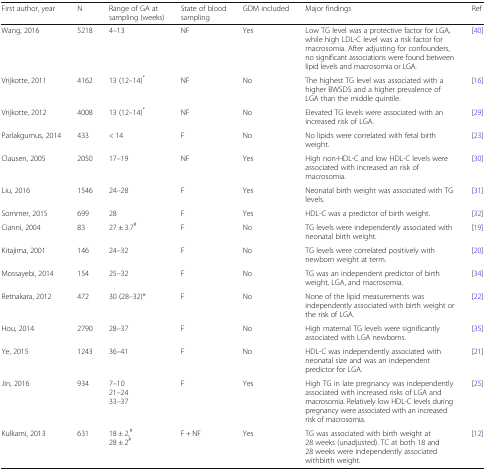
<table><thead><tr><td><b>First author, year</b></td><td><b>N</b></td><td><b>Range of GA at sampling (weeks)</b></td><td><b>State of blood sampling</b></td><td><b>GDM included</b></td><td><b>Major findings</b></td><td><b>Ref</b></td></tr></thead><tbody><tr><td>Wang, 2016</td><td>5218</td><td>4–13</td><td>NF</td><td>Yes</td><td>Low TG level was a protective factor for LGA, while high LDL-C level was a risk factor for macrosomia. After adjusting for confounders, no significant associations were found between lipid levels and macrosomia or LGA.</td><td>[40]</td></tr><tr><td>Vrijkotte, 2011</td><td>4162</td><td>13 (12–14)<sup>*</sup></td><td>NF</td><td>No</td><td>The highest TG level was associated with a higher BWSDS and a higher prevalence of LGA than the middle quintile.</td><td>[16]</td></tr><tr><td>Vrijkotte, 2012</td><td>4008</td><td>13 (12–14)<sup>*</sup></td><td>NF</td><td>No</td><td>Elevated TG levels were associated with an increased risk of LGA.</td><td>[29]</td></tr><tr><td>Parlakgumus, 2014</td><td>433</td><td>&lt; 14</td><td>F</td><td>No</td><td>No lipids were correlated with fetal birth weight.</td><td>[23]</td></tr><tr><td>Clausen, 2005</td><td>2050</td><td>17–19</td><td>NF</td><td>Yes</td><td>High non-HDL-C and low HDL-C levels were associated with increased an risk of macrosomia.</td><td>[30]</td></tr><tr><td>Liu, 2016</td><td>1546</td><td>24–28</td><td>F</td><td>Yes</td><td>Neonatal birth weight was associated with TG levels.</td><td>[31]</td></tr><tr><td>Sommer, 2015</td><td>699</td><td>28</td><td>F</td><td>Yes</td><td>HDL-C was a predictor of birth weight.</td><td>[32]</td></tr><tr><td>Cianni, 2004</td><td>83</td><td>27 ± 3.7<sup>#</sup></td><td>F</td><td>No</td><td>TG levels were independently associated with neonatal birth weight.</td><td>[19]</td></tr><tr><td>Kitajima, 2001</td><td>146</td><td>24–32</td><td>F</td><td>No</td><td>TG levels were correlated positively with newborn weight at term.</td><td>[20]</td></tr><tr><td>Mossayebi, 2014</td><td>154</td><td>25–32</td><td>F</td><td>No</td><td>TG was an independent predictor of birth weight, LGA, and macrosomia.</td><td>[34]</td></tr><tr><td>Retnakara, 2012</td><td>472</td><td>30 (28–32)*</td><td>F</td><td>No</td><td>None of the lipid measurements was independently associated with birth weight or the risk of LGA.</td><td>[22]</td></tr><tr><td>Hou, 2014</td><td>2790</td><td>28–37</td><td>F</td><td>No</td><td>High maternal TG levels were significantly associated with LGA newborns.</td><td>[35]</td></tr><tr><td>Ye, 2015</td><td>1243</td><td>36–41</td><td>F</td><td>No</td><td>HDL-C was independently associated with neonatal size and was an independent predictor for LGA.</td><td>[21]</td></tr><tr><td>Jin, 2016</td><td>934</td><td>7–1021–2433–37</td><td>F</td><td>Yes</td><td>High TG in late pregnancy was independently associated with increased risks of LGA and macrosomia. Relatively low HDL-C levels during pregnancy were associated with an increased risk of macrosomia.</td><td>[25]</td></tr><tr><td>Kulkarni, 2013</td><td>631</td><td>18 ± 2,<sup>#</sup>28 ± 2<sup>#</sup></td><td>F + NF</td><td>Yes</td><td>TG was associated with birth weight at 28 weeks (unadjusted). TC at both 18 and 28 weeks were independently associated withbirth weight.</td><td>[12]</td></tr></tbody></table>